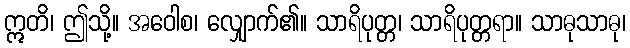
ဣတိ၊ ဤသို့။ အဝေါစ၊ လျှောက်၏။ သာရိပုတ္တ၊ သာရိပုတ္တရာ။ သာဓုသာဓု၊